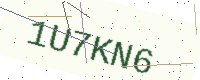
Text: 1U7KN6